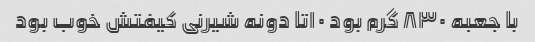
با جعبه ۸۳۰ گرم بود ۱۰تا دونه شیرنی کیفتش خوب بود